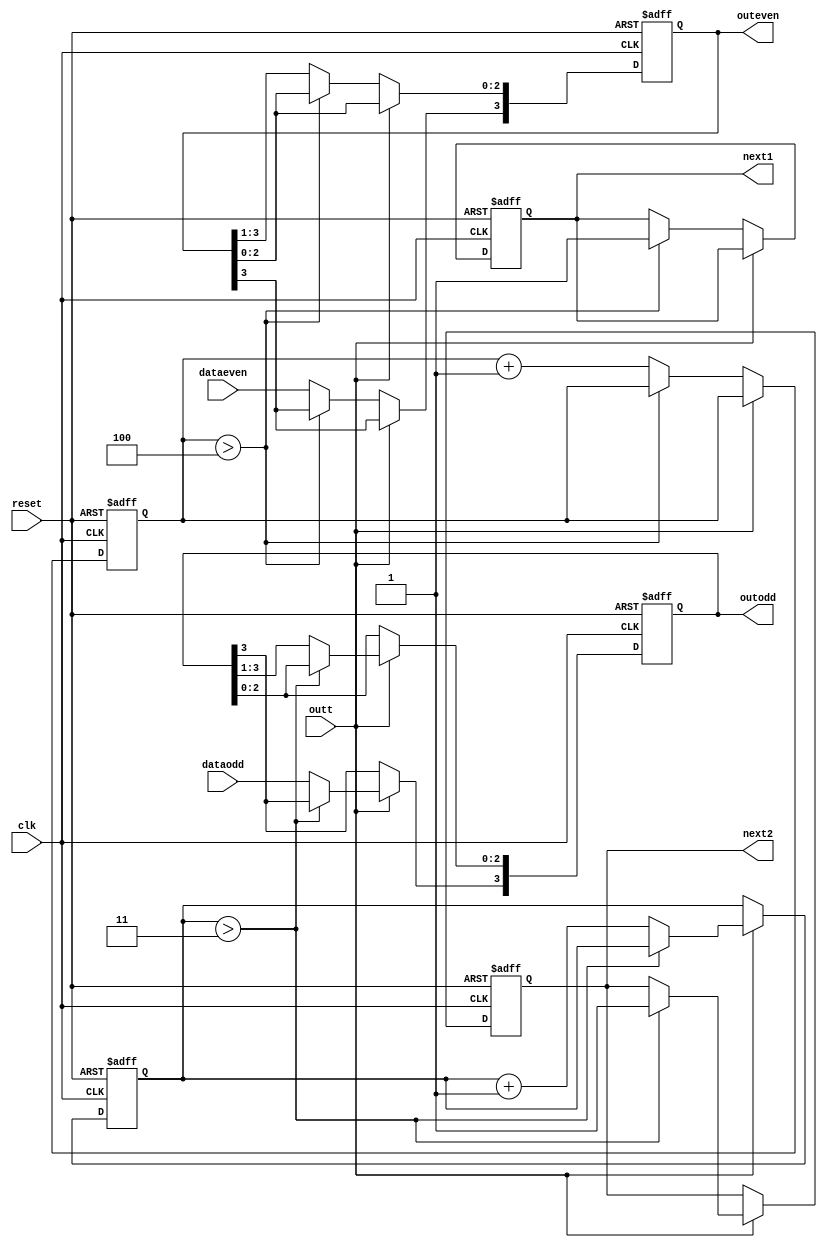
module sipo(
    input dataeven,
    input dataodd,
    input clk,
    input outt,
    input reset,
    output reg [3:0]outeven,
    output reg [3:0]outodd,
    output reg next1,
    output reg next2
    );
    reg [2:0]counteven=3'b000;
    reg [2:0]countodd=3'b000;
    initial begin
	   outeven=4'b0000;
	   outodd=4'b0000;
	   counteven=3'b000;
	   countodd=3'b000;
	   next1=1'b0;
	   next2=1'b0;
    end
    always @(posedge clk or posedge reset)
    begin
	   if(reset)
	   begin
	      outeven<=4'b0000;
		  outodd<=4'b0000;
	   	  counteven<=3'b000;
		  countodd<=3'b000;
		  next1<=1'b0;
		  next2<=1'b0;
	   end
	   else
	   begin
		  if(!outt)
		  begin
			 if(counteven>4)
			 begin
			     outeven<=outeven;//holds current value
			     next1<=1'b1;
			     
			 end
			 else
			 begin
			     outeven<=outeven>>1'b1;
			     outeven[3]<=dataeven;//fills in new data
			     counteven<=counteven+1'b1;
			 end
		  end
		  else
		  begin
			 if(countodd>3)
			 begin
			     outodd<=outodd;//holds current value
			     next2<=1'b1;
			 end
			 else
			 begin
			     outodd<=outodd>>1'b1;
			     outodd[3]<=dataodd;//fills in new data
			     countodd<=countodd+1'b1;
			 end
		  end
	end
end
endmodule